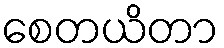
စေတယိတာ